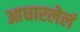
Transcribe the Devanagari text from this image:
आधारलेलं